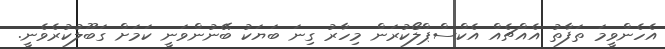
އެހެންވީމަ ތަފާތު އެއްޗެއް އެކްސްޕްލޯކުރަން މިހާރު ގިނަ ބަޔަކު ބޭނުންވަނީ ކަމަށް ގަބޫލުކުރެވެނީ.